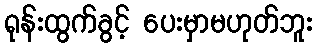
ရုန်းထွက်ခွင့် ပေးမှာမဟုတ်ဘူး